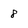
Character: 8